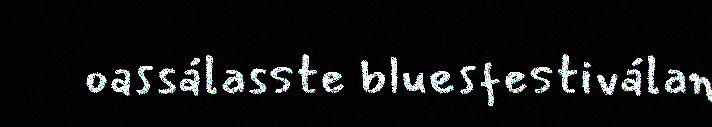
oassálasste bluesfestiválan